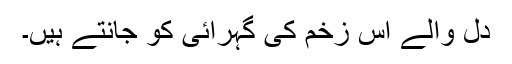
دل والے اس زخم کی گہرائی کو جانتے ہیں۔